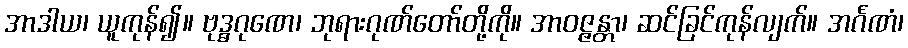
အာဒါယ၊ ယူကုန်၍။ ဗုဒ္ဓဂုဏေ၊ ဘုရားဂုဏ်တော်တို့ကို။ အာဝဇ္ဇန္တာ၊ ဆင်ခြင်ကုန်လျက်။ အင်္ဂဏံ၊